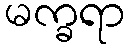
မက္ခရာ